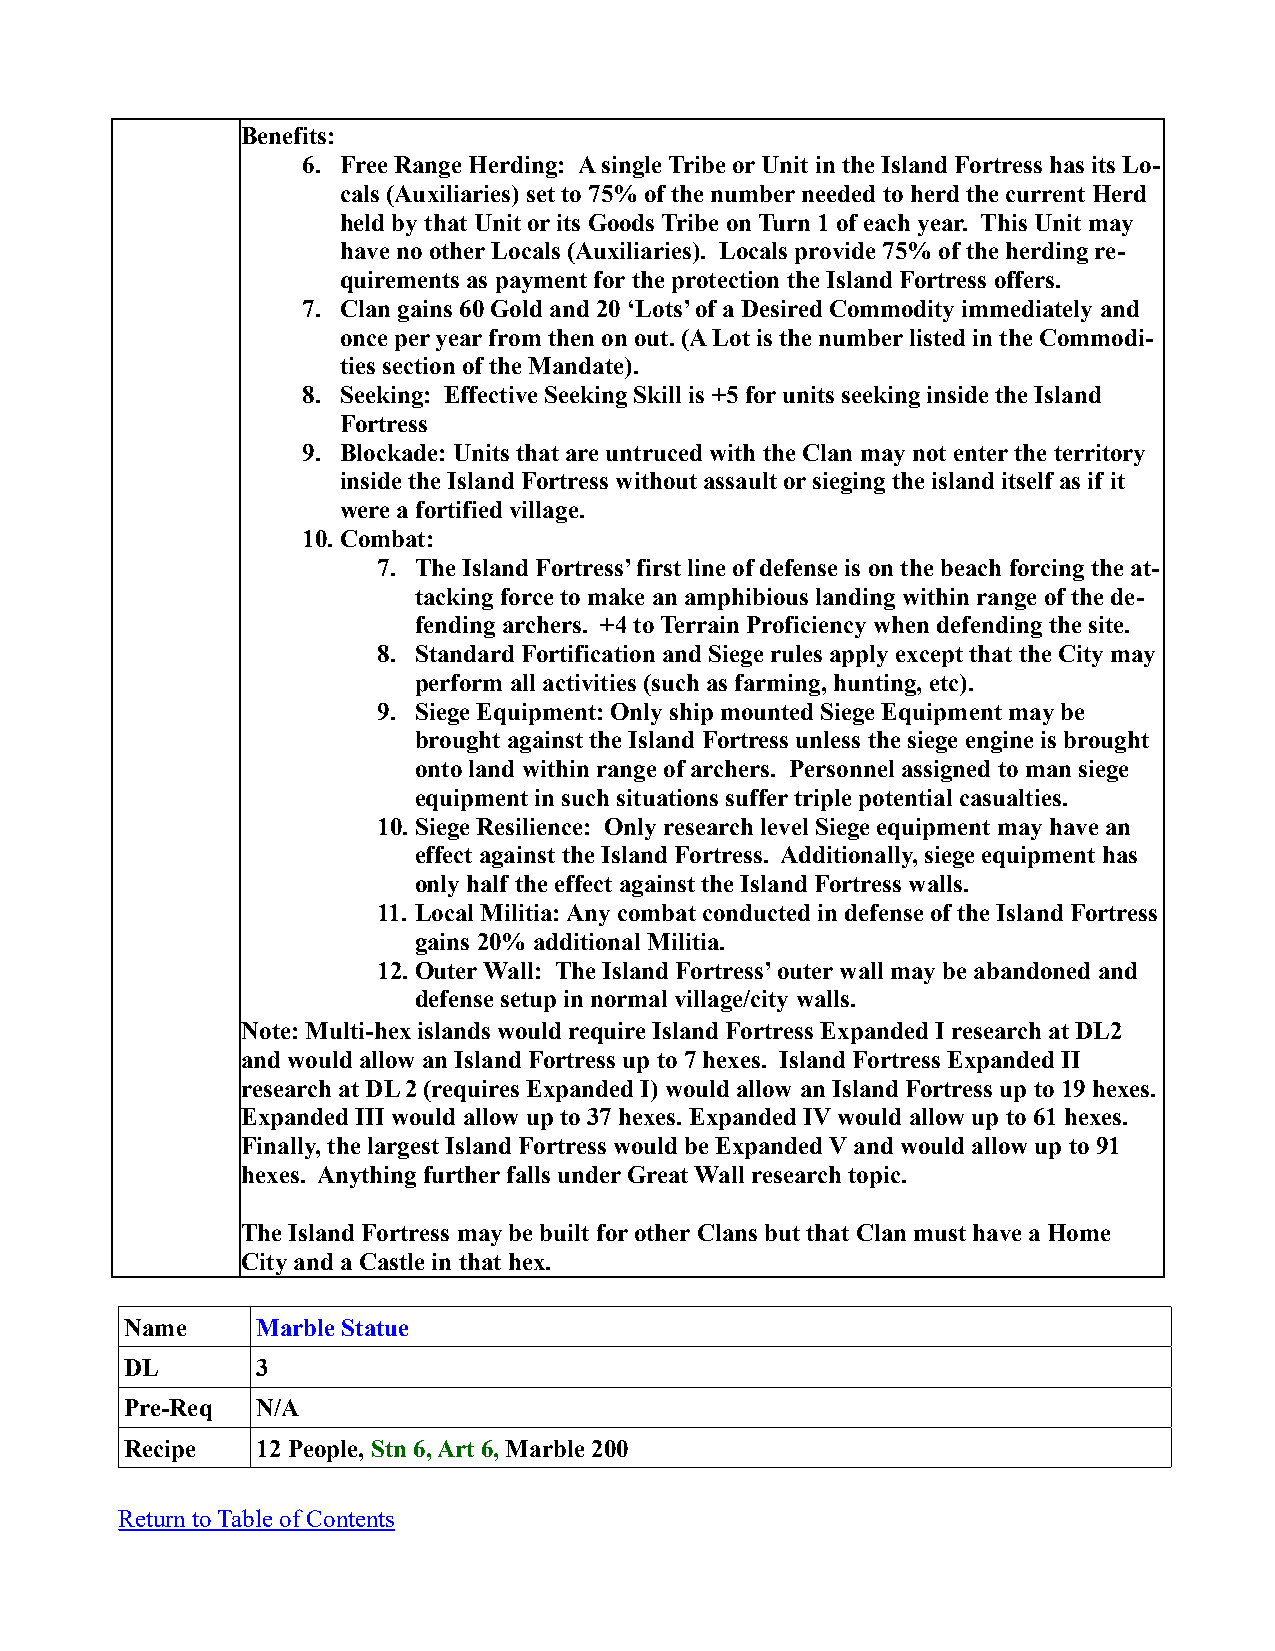
Benefits:
 6. Free Range Herding: A single Tribe or Unit in the Island Fortress has its Lo-
 cals (Auxiliaries) set to 75% of the number needed to herd the current Herd
 held by that Unit or its Goods Tribe on Turn 1 of each year. This Unit may
 have no other Locals (Auxiliaries). Locals provide 75% of the herding re-
 quirements as payment for the protection the Island Fortress offers.
 7. Clan gains 60 Gold and 20 ‘Lots’ of a Desired Commodity immediately and
 once per year from then on out. (A Lot is the number listed in the Commodi-
 ties section of the Mandate).
 8. Seeking: Effective Seeking Skill is +5 for units seeking inside the Island
 Fortress
 9. Blockade: Units that are untruced with the Clan may not enter the territory
 inside the Island Fortress without assault or sieging the island itself as if it
 were a fortified village.
 10.Combat:
 7. The Island Fortress’ first line of defense is on the beach forcing the at-
 tacking force to make an amphibious landing within range of the de-
 fending archers. +4 to Terrain Proficiency when defending the site.
 8. Standard Fortification and Siege rules apply except that the City may
 perform all activities (such as farming, hunting, etc).
 9. Siege Equipment: Only ship mounted Siege Equipment may be
 brought against the Island Fortress unless the siege engine is brought
 onto land within range of archers. Personnel assigned to man siege
 equipment in such situations suffer triple potential casualties.
 10.Siege Resilience: Only research level Siege equipment may have an
 effect against the Island Fortress. Additionally, siege equipment has
 only half the effect against the Island Fortress walls.
 11. Local Militia: Any combat conducted in defense of the Island Fortress
 gains 20% additional Militia.
 12.Outer Wall: The Island Fortress’ outer wall may be abandoned and
 defense setup in normal village/city walls.
 Note: Multi-hex islands would require Island Fortress Expanded I research at DL2
 and would allow an Island Fortress up to 7 hexes. Island Fortress Expanded II
 research at DL 2 (requires Expanded I) would allow an Island Fortress up to 19 hexes.
 Expanded III would allow up to 37 hexes. Expanded IV would allow up to 61 hexes.
 Finally, the largest Island Fortress would be Expanded V and would allow up to 91
 hexes. Anything further falls under Great Wall research topic.
 The Island Fortress may be built for other Clans but that Clan must have a Home
 City and a Castle in that hex.
 Name     Marble Statue
 DL       3
 Pre-Req  N/A
 Recipe   12 People, Stn 6, Art 6, Marble 200
 Return to Table of Contents